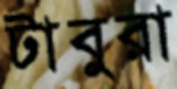
টাবুরা